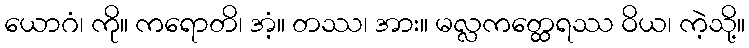
ယောဂံ၊ ကို။ ကရောတိ၊ အံ့။ တဿ၊ အား။ မလ္လကတ္ထေရဿ ဝိယ၊ ကဲ့သို့။